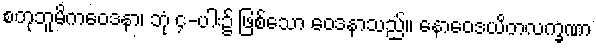
စတုဘူမိကဝေဒနာ၊ ဘုံ ၄-ပါး၌ ဖြစ်သော ဝေဒနာသည်။ နောဝေဒယိတလက္ခဏာ